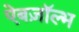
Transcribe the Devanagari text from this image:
ऐबज़ॉल्भ